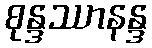
စုန္ဒဿာနန္ဒ